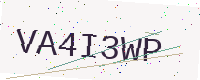
Text: VA4I3WP